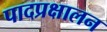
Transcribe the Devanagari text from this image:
पादप्रक्षालन